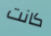
كانت